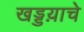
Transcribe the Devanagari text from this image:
खड्डय़ाचे